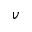
v